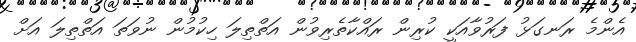
އެންމެ ރަނގަޅު ފަރުވާއަކީ ކުރިން ރައްކާތެރިވުން އަތްތިލަ ހިކުމުން ނުވަތަ އަތްތިލަ އަށް